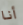
أنا